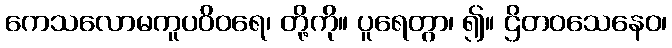
ကေသလောမကူပဝိဝရေ၊ တို့ကို။ ပူရေတွာ၊ ၍။ ဌိတဝသေနေဝ၊